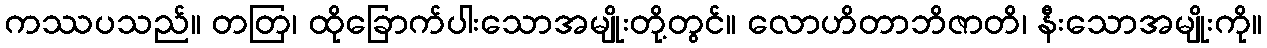
ကဿပသည်။ တတြ၊ ထိုခြောက်ပါးသောအမျိုးတို့တွင်။ လောဟိတာဘိဇာတိ၊ နီးသောအမျိုးကို။